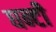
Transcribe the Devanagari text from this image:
घन्टी